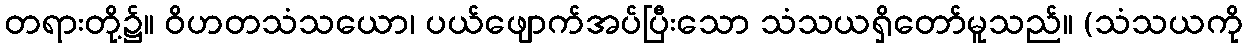
တရားတို့၌။ ဝိဟတသံသယော၊ ပယ်ဖျောက်အပ်ပြီးသော သံသယရှိတော်မူသည်။ (သံသယကို